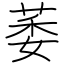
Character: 萎